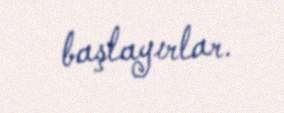
başlayırlar.